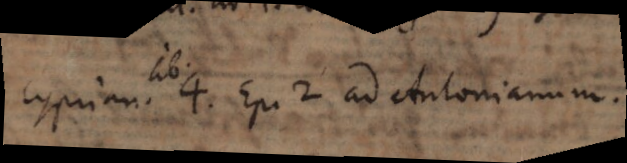
Cyprian. lib. 4. Ep. 2. ad Antonianum.